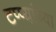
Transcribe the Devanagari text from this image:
टप्प्यांच्या